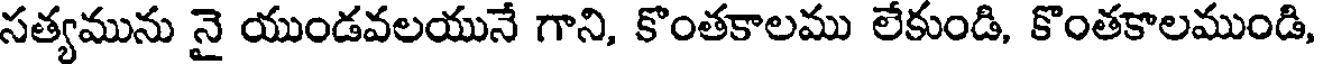
సత్యమును నై యుండవలయునే గాని, కొంతకాలము లేకుండి, కొంతకాలముండి